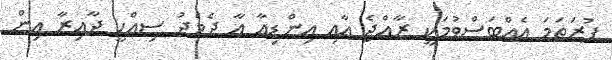
ފުރަތަމަ އެއްބަސްވުމަކީ ރާއްޖެ އާއި އިންޑިއާ އާ ދެމެދު ސިއްހީ ދާއިރާ އިން